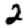
Digit: 2